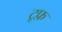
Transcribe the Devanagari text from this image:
ट्र्फ़